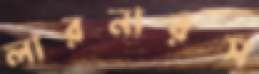
লারনারস